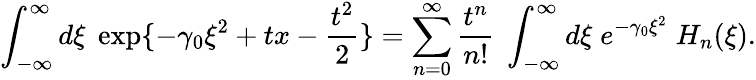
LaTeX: \int_{-\infty}^{\infty}d\xi\; \exp\{ -\gamma_{0}\xi^{2}+tx-{\frac{t^{2}}{2}}\} =\sum_{n=0}^{\infty}{\frac{t^{n}}{n!}}\; \int_{-\infty}^{\infty}d\xi\; e^{-\gamma_{0}\xi^{2}}\; H_{n}(\xi).